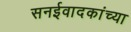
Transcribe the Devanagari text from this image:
सनईवादकांच्या